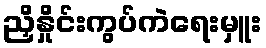
ညှိနှိုင်းကွပ်ကဲရေးမှူး